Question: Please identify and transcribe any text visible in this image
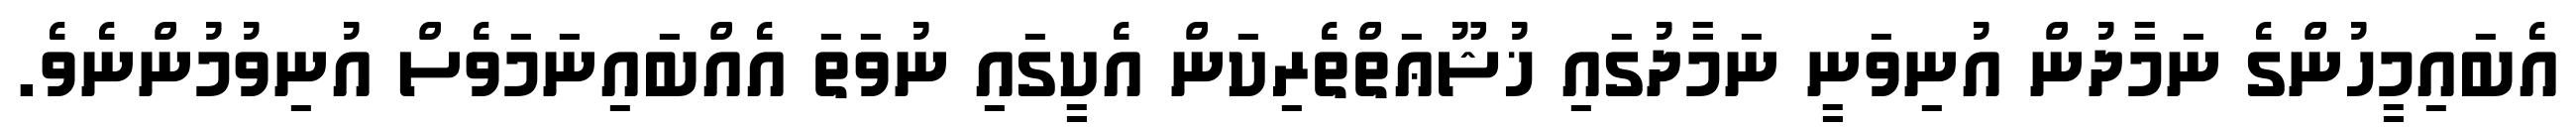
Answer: އެބައިމީހުންގެ ނަމާދުން އުނިވަނީ ނަމާދުގައި ޚުޝޫޢަތްތެރިކަން އެކީގައި ނުވަތަ އެއްބައިނަމަވެސް އުނިވުމުންނެވެ.